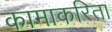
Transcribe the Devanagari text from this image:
कामाकरिता